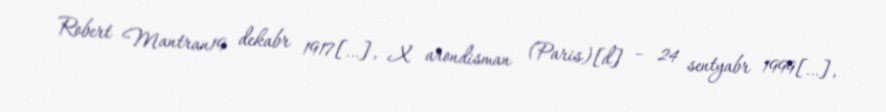
Robert Mantran19 dekabr 1917[…], X arondisman (Paris)[d] – 24 sentyabr 1999[…],